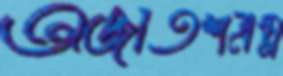
অজাতশত্রম্ন